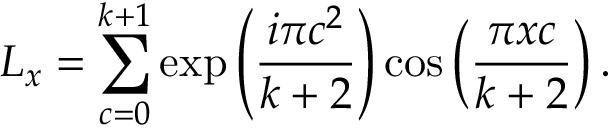
L _ { x } = \sum _ { c = 0 } ^ { k + 1 } \exp \left( \frac { i \pi c ^ { 2 } } { k + 2 } \right) \cos \left( \frac { \pi x c } { k + 2 } \right) .